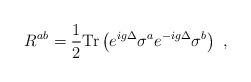
LaTeX: \begin{align*}R^{ab}= \frac{1}{2} \mbox{Tr} \left( e^{ig\Delta} \sigma^ae^{-ig\Delta} \sigma^b \right) \ ,\end{align*}